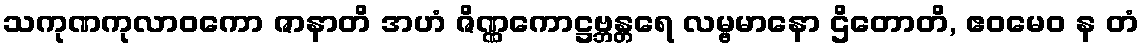
သကုဏကုလာဝကော ဇာနာတိ အဟံ ဇိဏ္ဏကောဋ္ဌဗ္ဘန္တရေ လမ္ဗမာနော ဌိတောတိ, ဧဝမေဝ န တံ